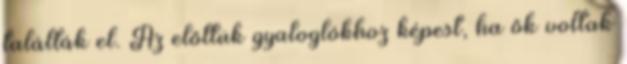
találták el. Az előttük gyaloglókhoz képest, ha ők voltak